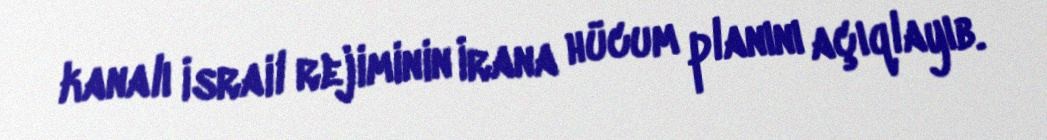
kanalı İsrail rejiminin İrana hücum planını açıqlayıb.